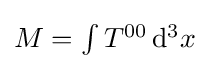
{\textstyle M=\int T^{00}\,\mathrm {d} ^{3}x}